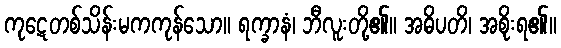
ကုဋေတစ်သိန်းမကကုန်သော။ ရက္ခာနံ၊ ဘီလူးတို့၏။ အဓိပတိ၊ အစိုးရ၏။